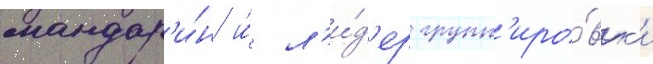
мандар'и́н и́ л'и́д'ер групп'иро́вк'и